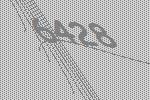
6428